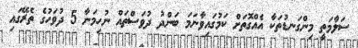
ސަލާމަތީ މިންގަނޑުތަކާ އެއްގޮތަށް ކަމުގައިވާނަމަ ބަންދު ދުވަސްތައް ނުހިމަނާ 5 ދުވަހުގެ ތެރޭގައި